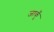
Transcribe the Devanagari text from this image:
जाकूँ